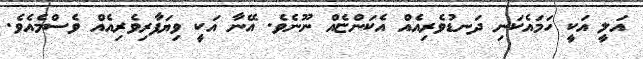
އަލީ އަކީ ހަމައެކަނި ދަނޑުވެރިއެއް އެކަންޏެއް ނޫނެވެ. އޭނާ އަކީ ވިޔަފާރިވެރިއެއް ވެސްމެއެވެ.